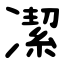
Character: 㓗